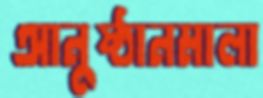
আনুষ্ঠানমালা